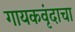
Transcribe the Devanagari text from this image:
गायकवृंदाचा